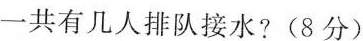
一共有几人排队接水?(8分)